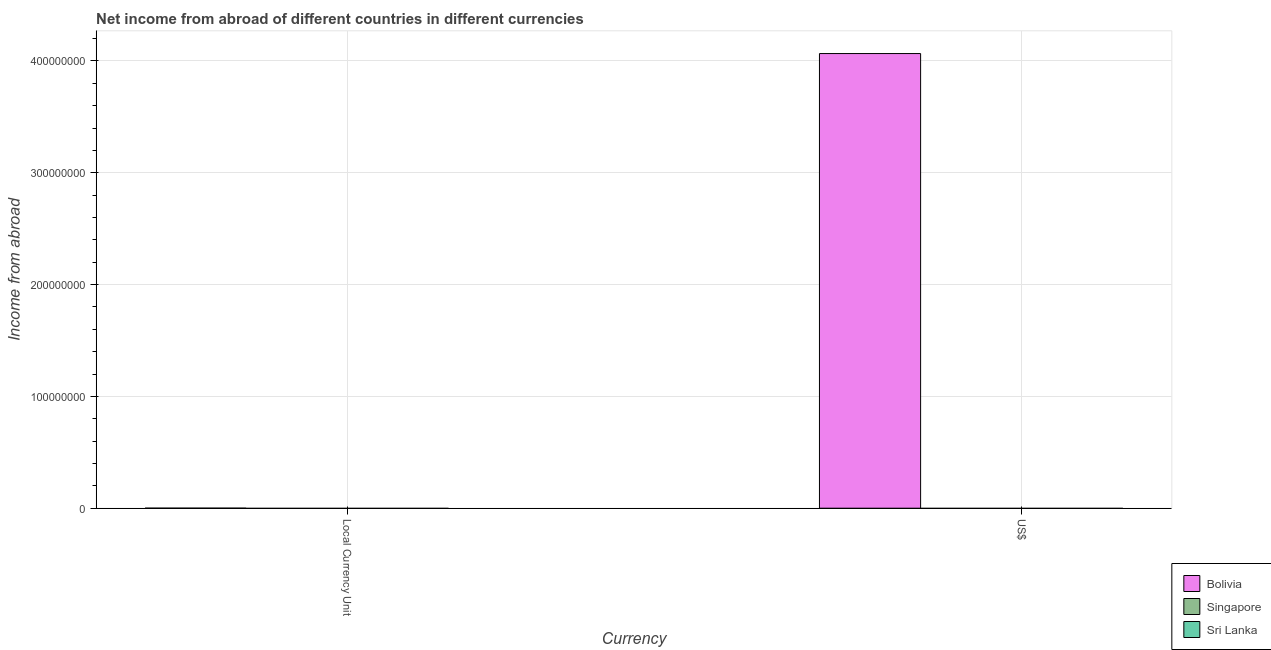
| Currency | Bolivia | Singapore | Sri Lanka |
 | --- | --- | --- | --- |
 | Local Currency Unit | 9.97e+03 | -1.75e+09 | -1.87e+09 |
 | US$ | 4.07e+08 | -8.15e+08 | -9.7e+07 |